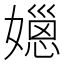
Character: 𡢆